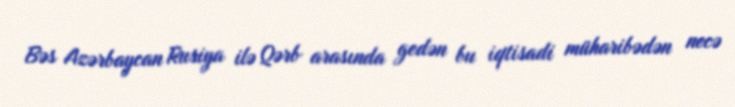
Bəs Azərbaycan Rusiya ilə Qərb arasında gedən bu iqtisadi müharibədən necə